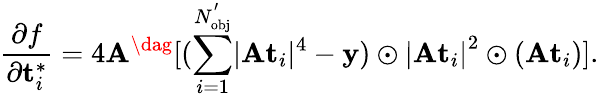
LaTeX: \frac{\partial f}{\partial\mathbf{t}_{i}^{*}}=4\mathbf{A}^{\dag}[(\sum_{i=1}^{N_{\mathrm{{obj}}}^{'}}\lvert\mathbf{A}\mathbf{t}_{i}\rvert^{4}-\mathbf{y})\odot{\lvert\mathbf{A}\mathbf{t}_{i}\rvert}^{2}\odot(\mathbf{A}\mathbf{t}_{i})].